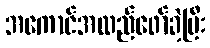
အကောင်အထည်ဖော်ခဲ့ပြီး